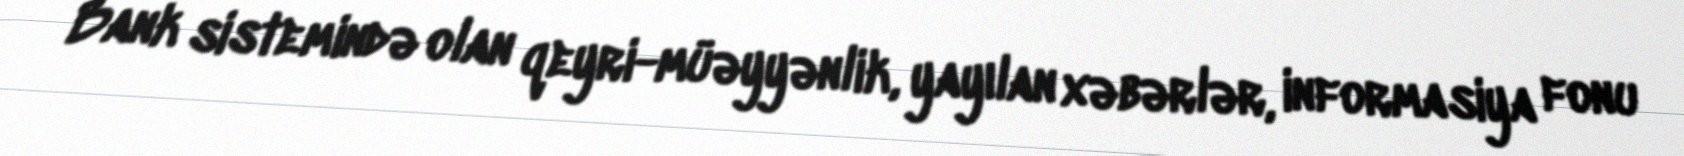
Bank sistemində olan qeyri-müəyyənlik, yayılan xəbərlər, informasiya fonu